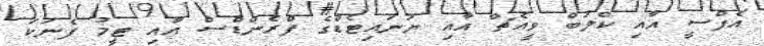
އެފްސީ އާއި ކްލަބް ވީއެޗް އާއި ޔުނައިޓެޑްގެ ފްރެންޑްސް އާއި ޓީމު ފެނަކަ